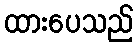
ထားပေသည်